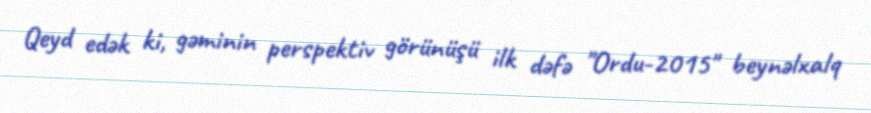
Qeyd edək ki, gəminin perspektiv görünüşü ilk dəfə "Ordu-2015" beynəlxalq